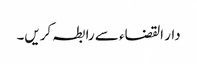
دار القضاء سے رابطہ کریں۔